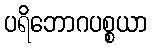
ပရိဘောဂပစ္စယာ